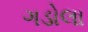
ગડોલા